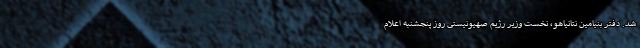
شد. دفتر بنیامین نتانیاهو، نخست وزیر رژیم صهیونیستی روز پنجشنبه اعلام